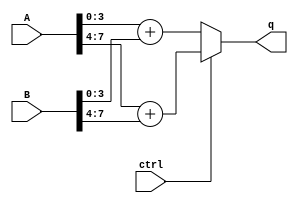
`timescale 1ns / 1ps
//////////////////////////////////////////////////////////////////////////////////
// Company: 
// Engineer: 
// 
// Design Name: 
// Module Name: nibbleadd
// Project Name: 
// Target Devices: 
// Tool Versions: 
// Description: 
// 
// Dependencies: 
// 
// Revision:
// Revision 0.01 - File Created
// Additional Comments:
// 
//////////////////////////////////////////////////////////////////////////////////


module nibbleadd(
    input [7:0] A,
    input [7:0] B,
    input ctrl,
    output [4:0] q
);

    wire [3:0] lowerA, lowerB, upperA, upperB;
    wire [4:0] sumLower, sumUpper;

    assign lowerA = A[3:0];
    assign lowerB = B[3:0];
    assign upperA = A[7:4];
    assign upperB = B[7:4];

    assign sumLower = lowerA + lowerB;
    assign sumUpper = upperA + upperB;

    assign q = ctrl ? sumUpper : sumLower;

endmodule